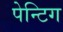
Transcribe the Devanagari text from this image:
पेन्टिग